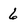
Character: 6